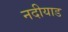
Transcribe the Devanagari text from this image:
नदीयाड